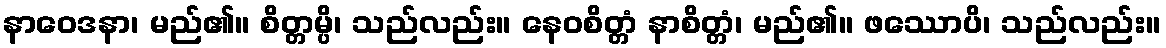
နာဝေဒနာ၊ မည်၏။ စိတ္တမ္ပိ၊ သည်လည်း။ နေဝစိတ္တံ နာစိတ္တံ၊ မည်၏။ ဖဿောပိ၊ သည်လည်း။